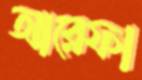
আরেফা